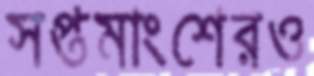
সপ্তমাংশেরও